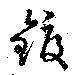
鍍